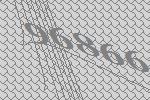
96866